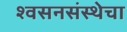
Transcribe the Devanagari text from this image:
श्वसनसंस्थेचा